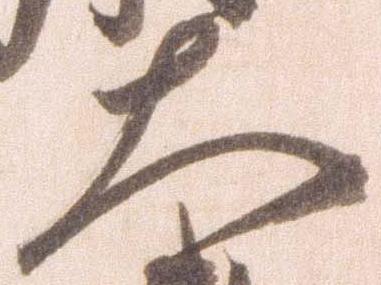
大